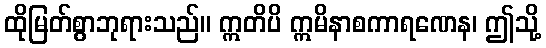
ထိုမြတ်စွာဘုရားသည်။ ဣတိပိ ဣမိနာစကာရဏေန၊ ဤသို့